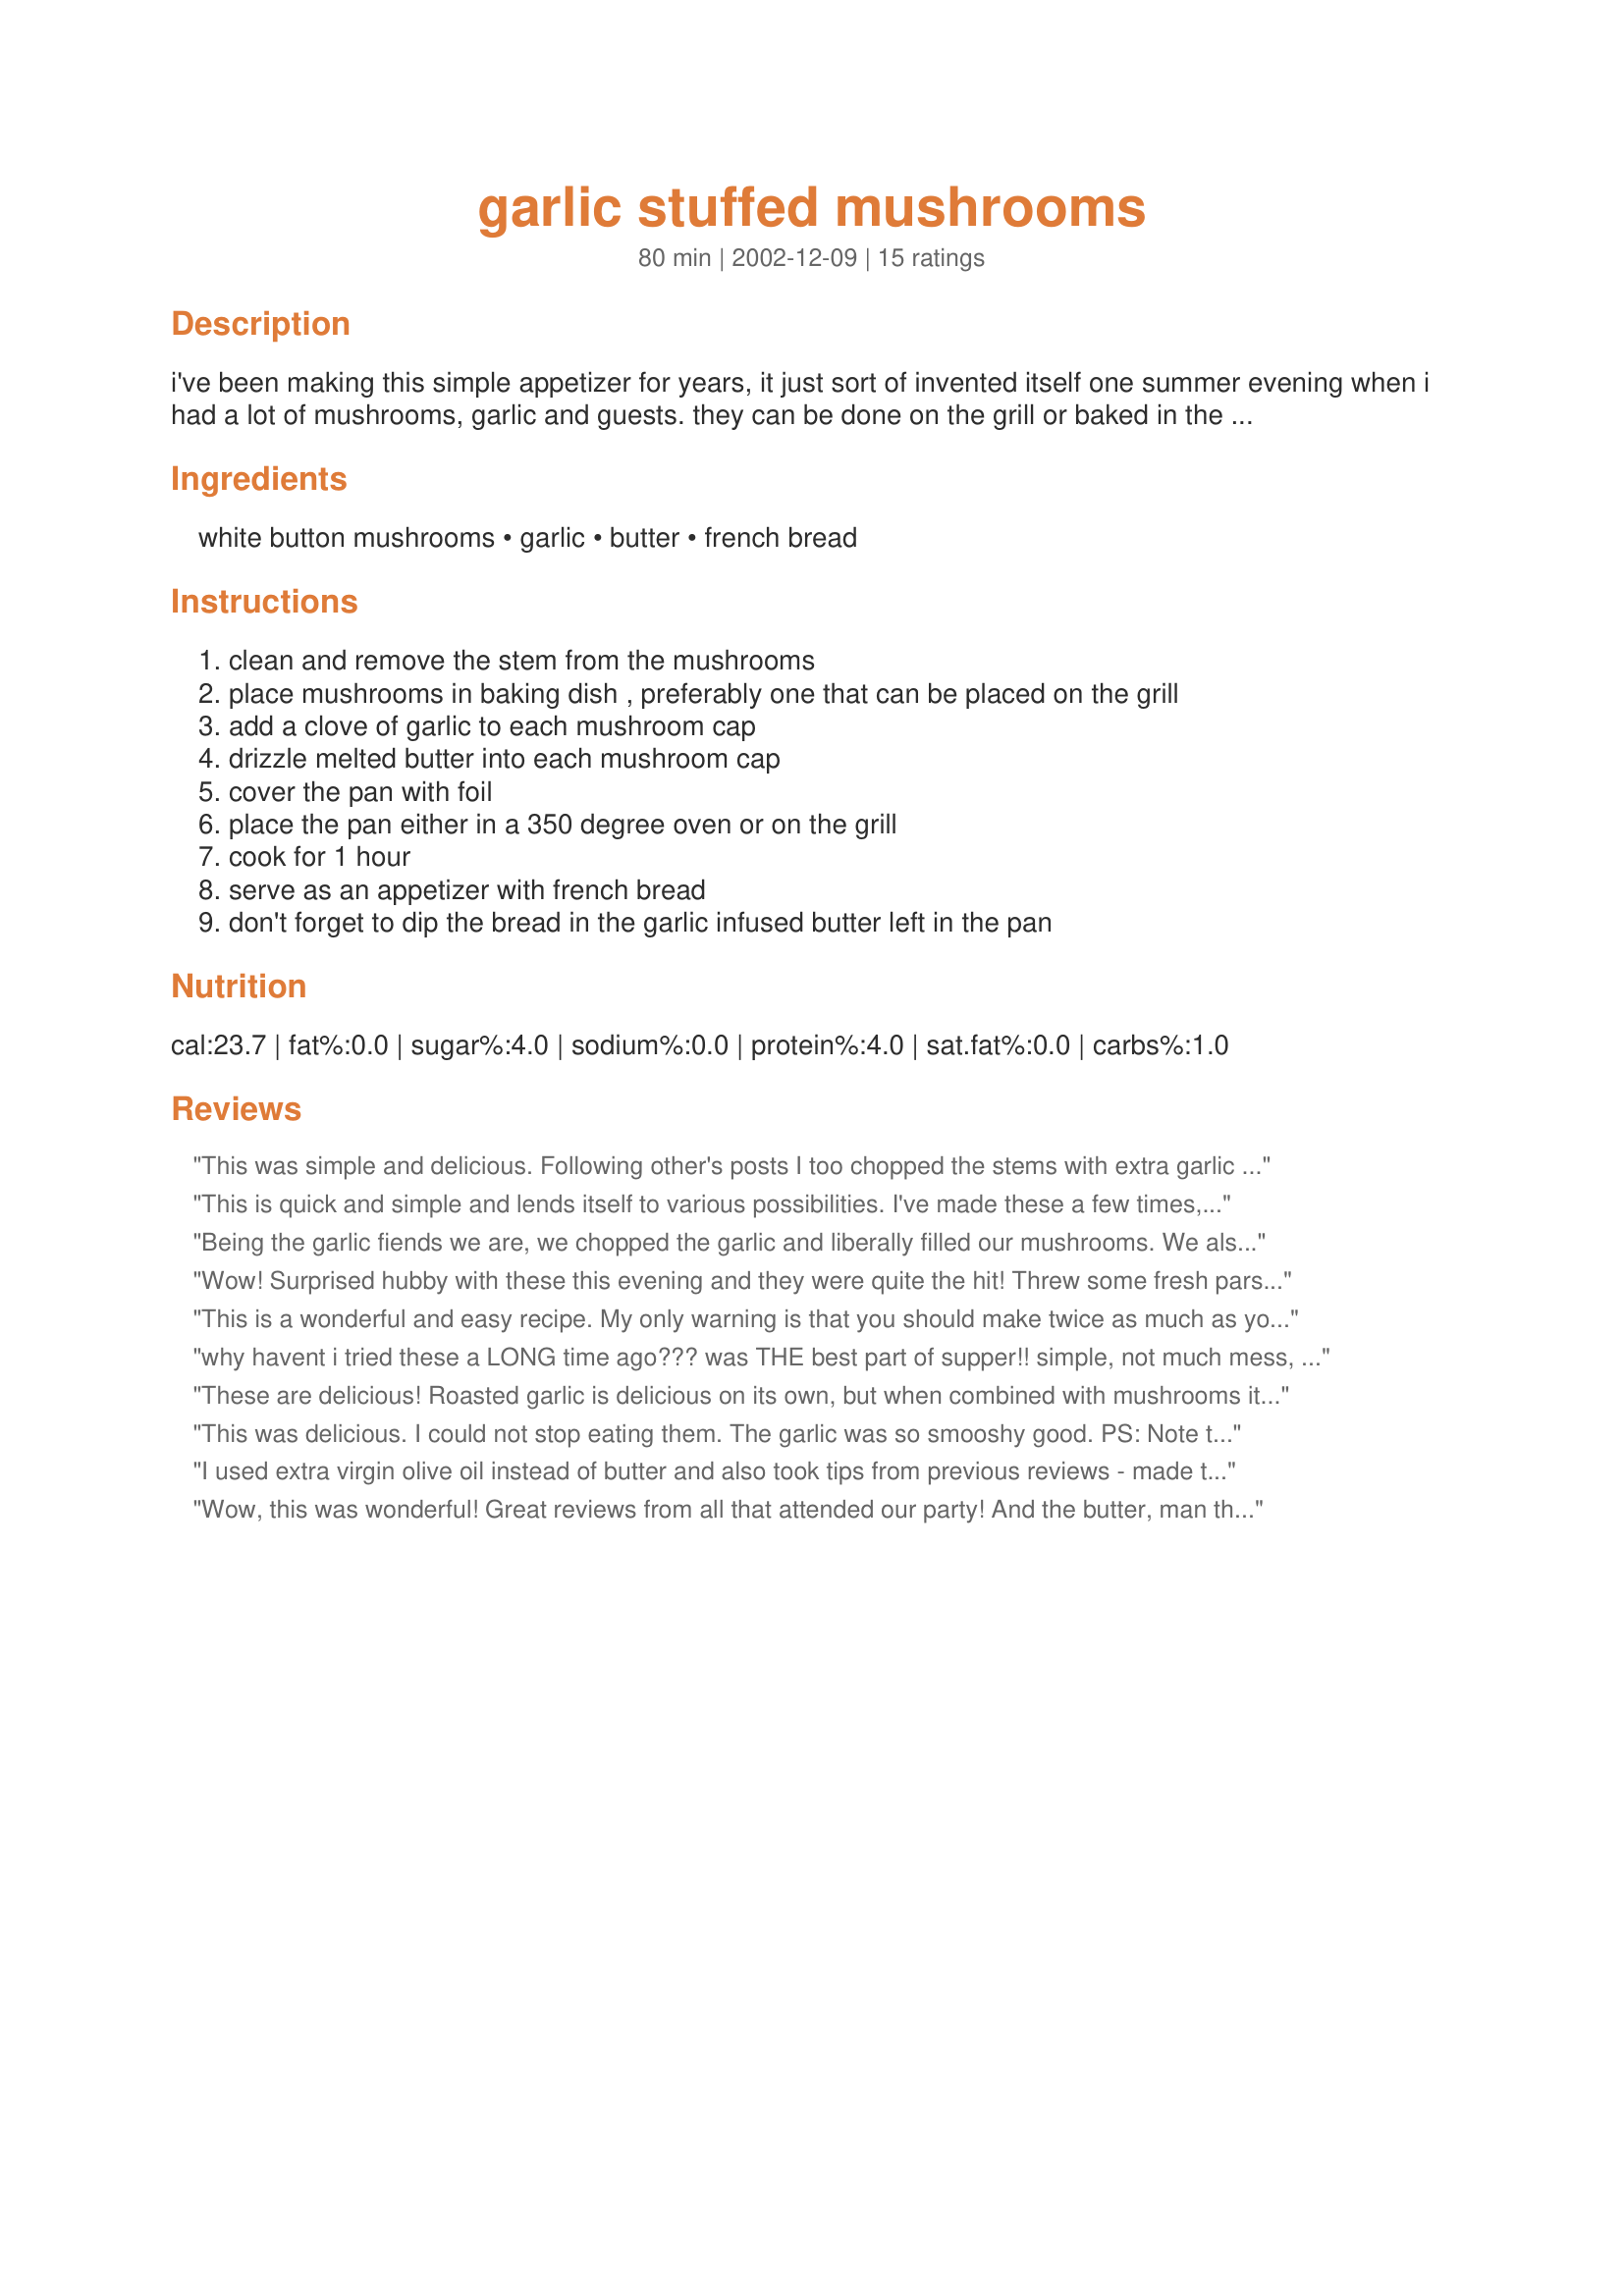
garlic stuffed mushrooms
Preparation time: 80 minutes

i've been making this simple appetizer for years, it just sort of invented itself one summer evening when i had a lot of mushrooms, garlic and guests. they can be done on the grill or baked in the oven. they're great either way.

Ingredients:
white button mushrooms, garlic, butter, french bread

Steps:
clean and remove the stem from the mushrooms, place mushrooms in baking dish , preferably one that can be placed on the grill, add a clove of garlic to each mushroom cap, drizzle melted butter into each mushroom cap, cover the pan with foil, place the pan either in a 350 degree oven or on the grill, cook for 1 hour, serve as an appetizer with french bread, don't forget to dip the bread in the garlic infused butter left in the pan

Reviews:
This was simple and delicious. Following other's posts I too chopped the stems with extra garlic and sprinkled around the caps. I drizzeled with a combination of butter and EVOO. The one thing the recipe doesn't list is seasoning, a sprinkle of Kosher salt and [epper made a huge difference in the flavor. I don't know how much butter other's are using, but I didn't have any left in the dish to dip into. I also removed the foil at the end for about 10 minutes. Made for "Eating Well in the Photo Forum" Nov 2010
This is quick and simple and lends itself to various possibilities. I've made these a few times, the last time I removed the foil for the last 15 minutes, so the garlic browned. Thanks so much.
Being the garlic fiends we are, we chopped the garlic and liberally filled our mushrooms. We also topped them with some mozzarella or provelone cheese, after they were suitably roasted.
I have to ask... is it better, or not, to remove the black fins of the mushrooms. (`prolly showing my ineptness here =s)
Wow! Surprised hubby with these this evening and they were quite the hit! Threw some fresh parsley in the butter for a little extra seasoning! Will definitely be making over and over again!
This is a wonderful and easy recipe. My only warning is that you should make twice as much as you think you'll need - they'll go fast!!
why havent i tried these a LONG time ago??? was THE best part of supper!! simple, not much mess, and DEEEEEEE-licious!!! next time will deffinately make more to have leftover for bread dipping! and will try Sandyg61's idea of adding bacon!! ohhh heaven!! thanks sooo much Terry!!
These are delicious! Roasted garlic is delicious on its own, but when combined with mushrooms it turns into something sublime. I tried sour dough and italian bread dragged through the butter, and much prefer the sour dough! This recipe gives twice....the sauce for the bread and the deliciousness of the mushrooms and garlic. Thanks for sharing!
This was delicious. I could not stop eating them. The garlic was so smooshy good. 

PS: Note to those who don't know... when you're cleaning mushrooms, just wipe them clean with a cloth or paper towel, don't wash them with water. The mushrooms will soak the water up and get really rubbery/slimy and gross. I never knew this - always used water, but saw not to do it on the food channel and after cleaning them by just wiping for this recipe, I can tell the difference.
I used extra virgin olive oil instead of butter and also took tips from previous reviews - made twice as many, and also threw in some garlic in the pan outside of the mushrooms. For me, this was a combination of a few of my favorite things!
Wow, this was wonderful! Great reviews from all that attended our party! And the butter, man that was great! Be sure to dip the bread in the butter. I added more garlic cloves to the pan around the mushrooms, adding to the garlic butter flavor!
Delicious! I chopped up the stems and mixed them with more garlic and butter. I just threw them in the pan to cook along with the whole mushrooms. I only made 1/2 lb the first time. My mistake...we wanted more. Thanks!
This desperately needs salt and pepper but is otherwhise good and easy to prepare. Looks lovely on the table too.
I have made this twice. Once as written, and the second time I put a piece of bacon inside each mushroom under the garlic. Very good both ways.
Perfectly scruptious! I also chopped the stalks and added in with the garlic. Used plenty salt and pepper and voila! Wonderul with crispy french bread.
I made these for a family get together and everyone loved them! They still tasted good after they cooled off awhile. Great party appetizer! Definately will make again. Thanks so much!
